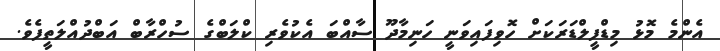
އެންމެ މޮޅު މިޑްފީލްޑަރަކަށް ހޮވިފައިވަނީ ހަނިމާދޫ ސާއްބަ އެކުވެރި ކްލަބްގެ ސުހްރާބް އަބްދުއްލަތީފެވެ.